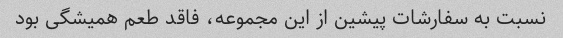
نسبت به سفارشات پیشین از این مجموعه، فاقد طعم همیشگی بود